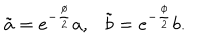
\tilde { a } = e ^ { - \frac { \phi } { 2 } } a , \tilde { b } = e ^ { - \frac { \phi } { 2 } } b .